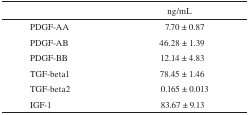
|  | ng/mL |
 | --- | --- |
 | PDGF-AA | 7.70 ± 0.87 |
 | PDGF-AB | 46.28 ± 1.39 |
 | PDGF-BB | 12.14 ± 4.83 |
 | TGF-beta1 | 78.45 ± 1.46 |
 | TGF-beta2 | 0.165 ± 0.013 |
 | IGF-1 | 83.67 ± 9.13 |